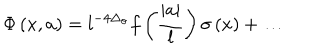
\Phi \left( x , a \right) = l ^ { - 4 \Delta _ { \sigma } } f \left( { \frac { | a | } { l } } \right) \sigma \left( x \right) + \ldots